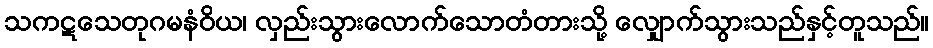
သကဋသေတုဂမနံဝိယ၊ လှည်းသွားလောက်သောတံတားသို့ လျှောက်သွားသည်နှင့်တူသည်။